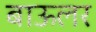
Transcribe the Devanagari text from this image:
बाऊलर